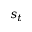
s _ { t }